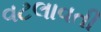
વટલાવતી